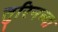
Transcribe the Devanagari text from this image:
तुरिनच्या